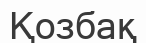
Қозбақ